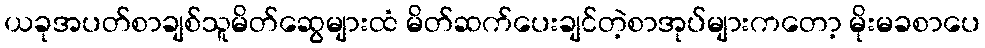
ယခုအပတ်စာချစ်သူမိတ်ဆွေများထံ မိတ်ဆက်ပေးချင်တဲ့စာအုပ်များကတော့ မိုးမခစာပေ